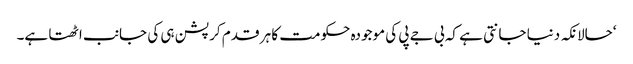
‘حالانکہ دنیا جانتی ہے کہ بی جے پی کی موجودہ حکومت کا ہر قدم کرپشن ہی کی جانب اٹھتا ہے۔